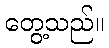
တွေ့သည်။